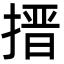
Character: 搢